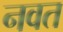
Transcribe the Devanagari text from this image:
नवत